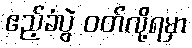
ဧည့်ခံပွဲ ဝတ်လို့ရမှာ